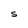
Character: S